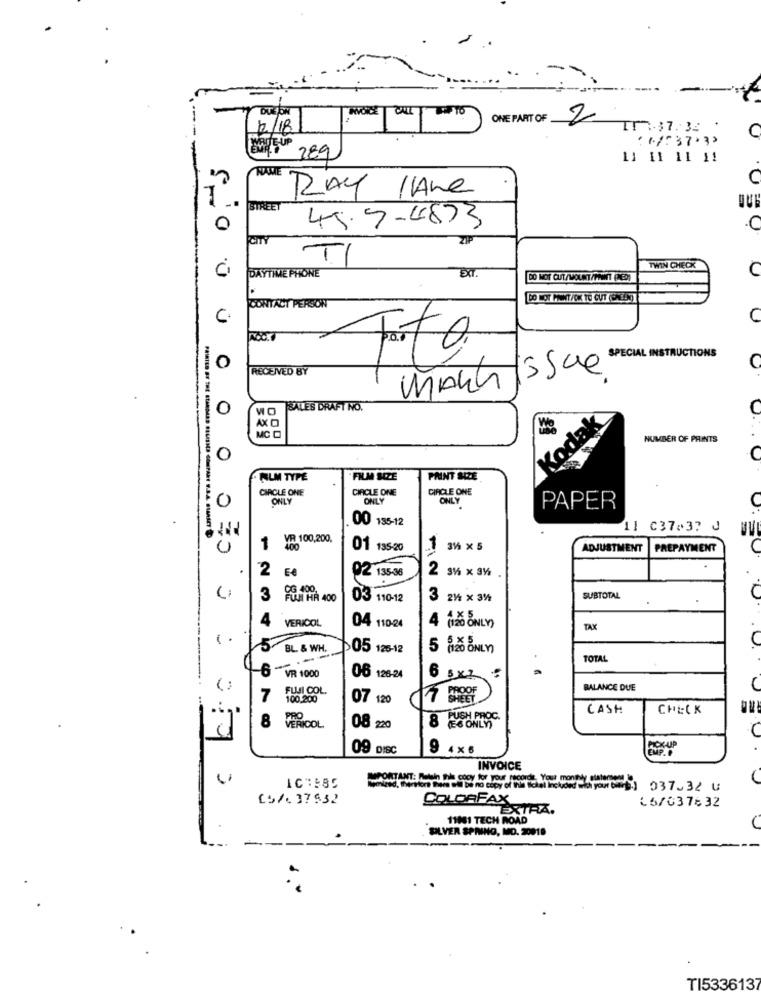
DUE ON
INVOICE
ONE PART OF
2
12/18
IT -37. 32 .
C
: 11:37:30
289
11 11 11 11
RAY IAre
STREET
45.5.4873
.C
ZIP
Ci
TI
TWIN CHECK
C
DAYTIME PHONE
EXT.
DO NOT PRINT/OK TO CUT (ENEEN]
CONTACT PERSON
C.
Foto:
O
RECEIVED BY
issue
O
WO SALES DRAFT NO.
Kodak
AX O
MC O
NUMBER OF PRINTS
O
FILM TYPE
FILM SIZE
PAINT SIZE
CIRCLE ONE
CIRCLE ONE
CIRCLE ONE
ONLY
ONLY
ONLY
0
PAPER
00 135-12
C
11 C37-37 J
VR 100,200,
1
01 135-20
31 × 5
ADJUSTMENT
PREPAYMENT
2
02 135-36
3 FORT HA 400
03 110-12
3
24 x 3%
SUBTOTAL
4
VERICOL
4
(120 ONLY)
04 110-24
TAX
1.
5
BL. & WH.
05 126-12
5 (120 ONLY)
. O.
---
TOTAL
B
-6 VR 1000
06 126-24
FUJI COL.
BALANCE DUE
7
100.200
07 120
CASH
CHECK
8
8
PUSH PROC.
PERPOOL
08 220
(E6 ONLY)
09 DISC
9 4x6
PICK-UP
INVOICE
SPONTANT: Matth hi cooy for your records. Your monthly diatement
IC":885
£5/.37532
COLORFA
L6/037632
EXTRA.
11001 TECH ROAD
SILVER SPINNO, MO. 20019
TI533613